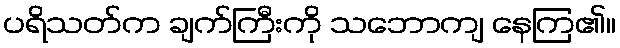
ပရိသတ်က ချက်ကြီးကို သဘောကျ နေကြ၏။